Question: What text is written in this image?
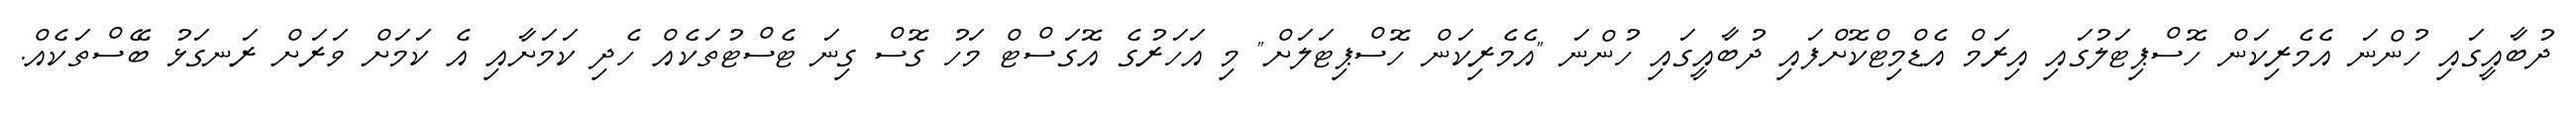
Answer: ދުބާއީގައި ހުންނަ އެމެރިކަން ހޮސްޕިޓަލުގައި އިރަމް އެޑްމިޓްކޮށްފައި ދުބާއީގައި ހުންނަ "އެމެރިކަން ހޮސްޕިޓަލަށް" މި އަހަރުގެ އޮގަސްޓް މަހު ގޮސް ގިނަ ޓެސްޓުތަކެއް ހެދި ކަމަށާއި އެ ކަމަށް ވަރަށް ރަނގަޅު ބޭސްތަކެއް.